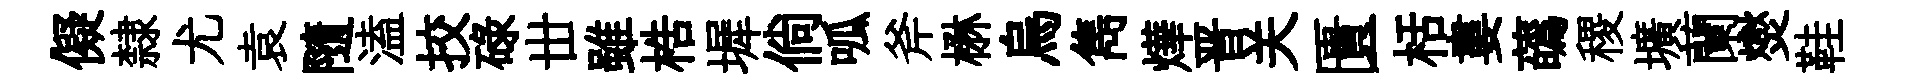
儗隸尤袁隨溘挍碌丗雖梏墀倘呱斧楙烏雋燁晋关匱栝婁蘤稷壙蘭爕鞋